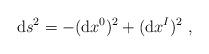
LaTeX: \begin{align*}{\rm d}s^2 = -({\rm d}x^0)^2+({\rm d}x^I)^2\ ,\end{align*}